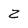
Character: z